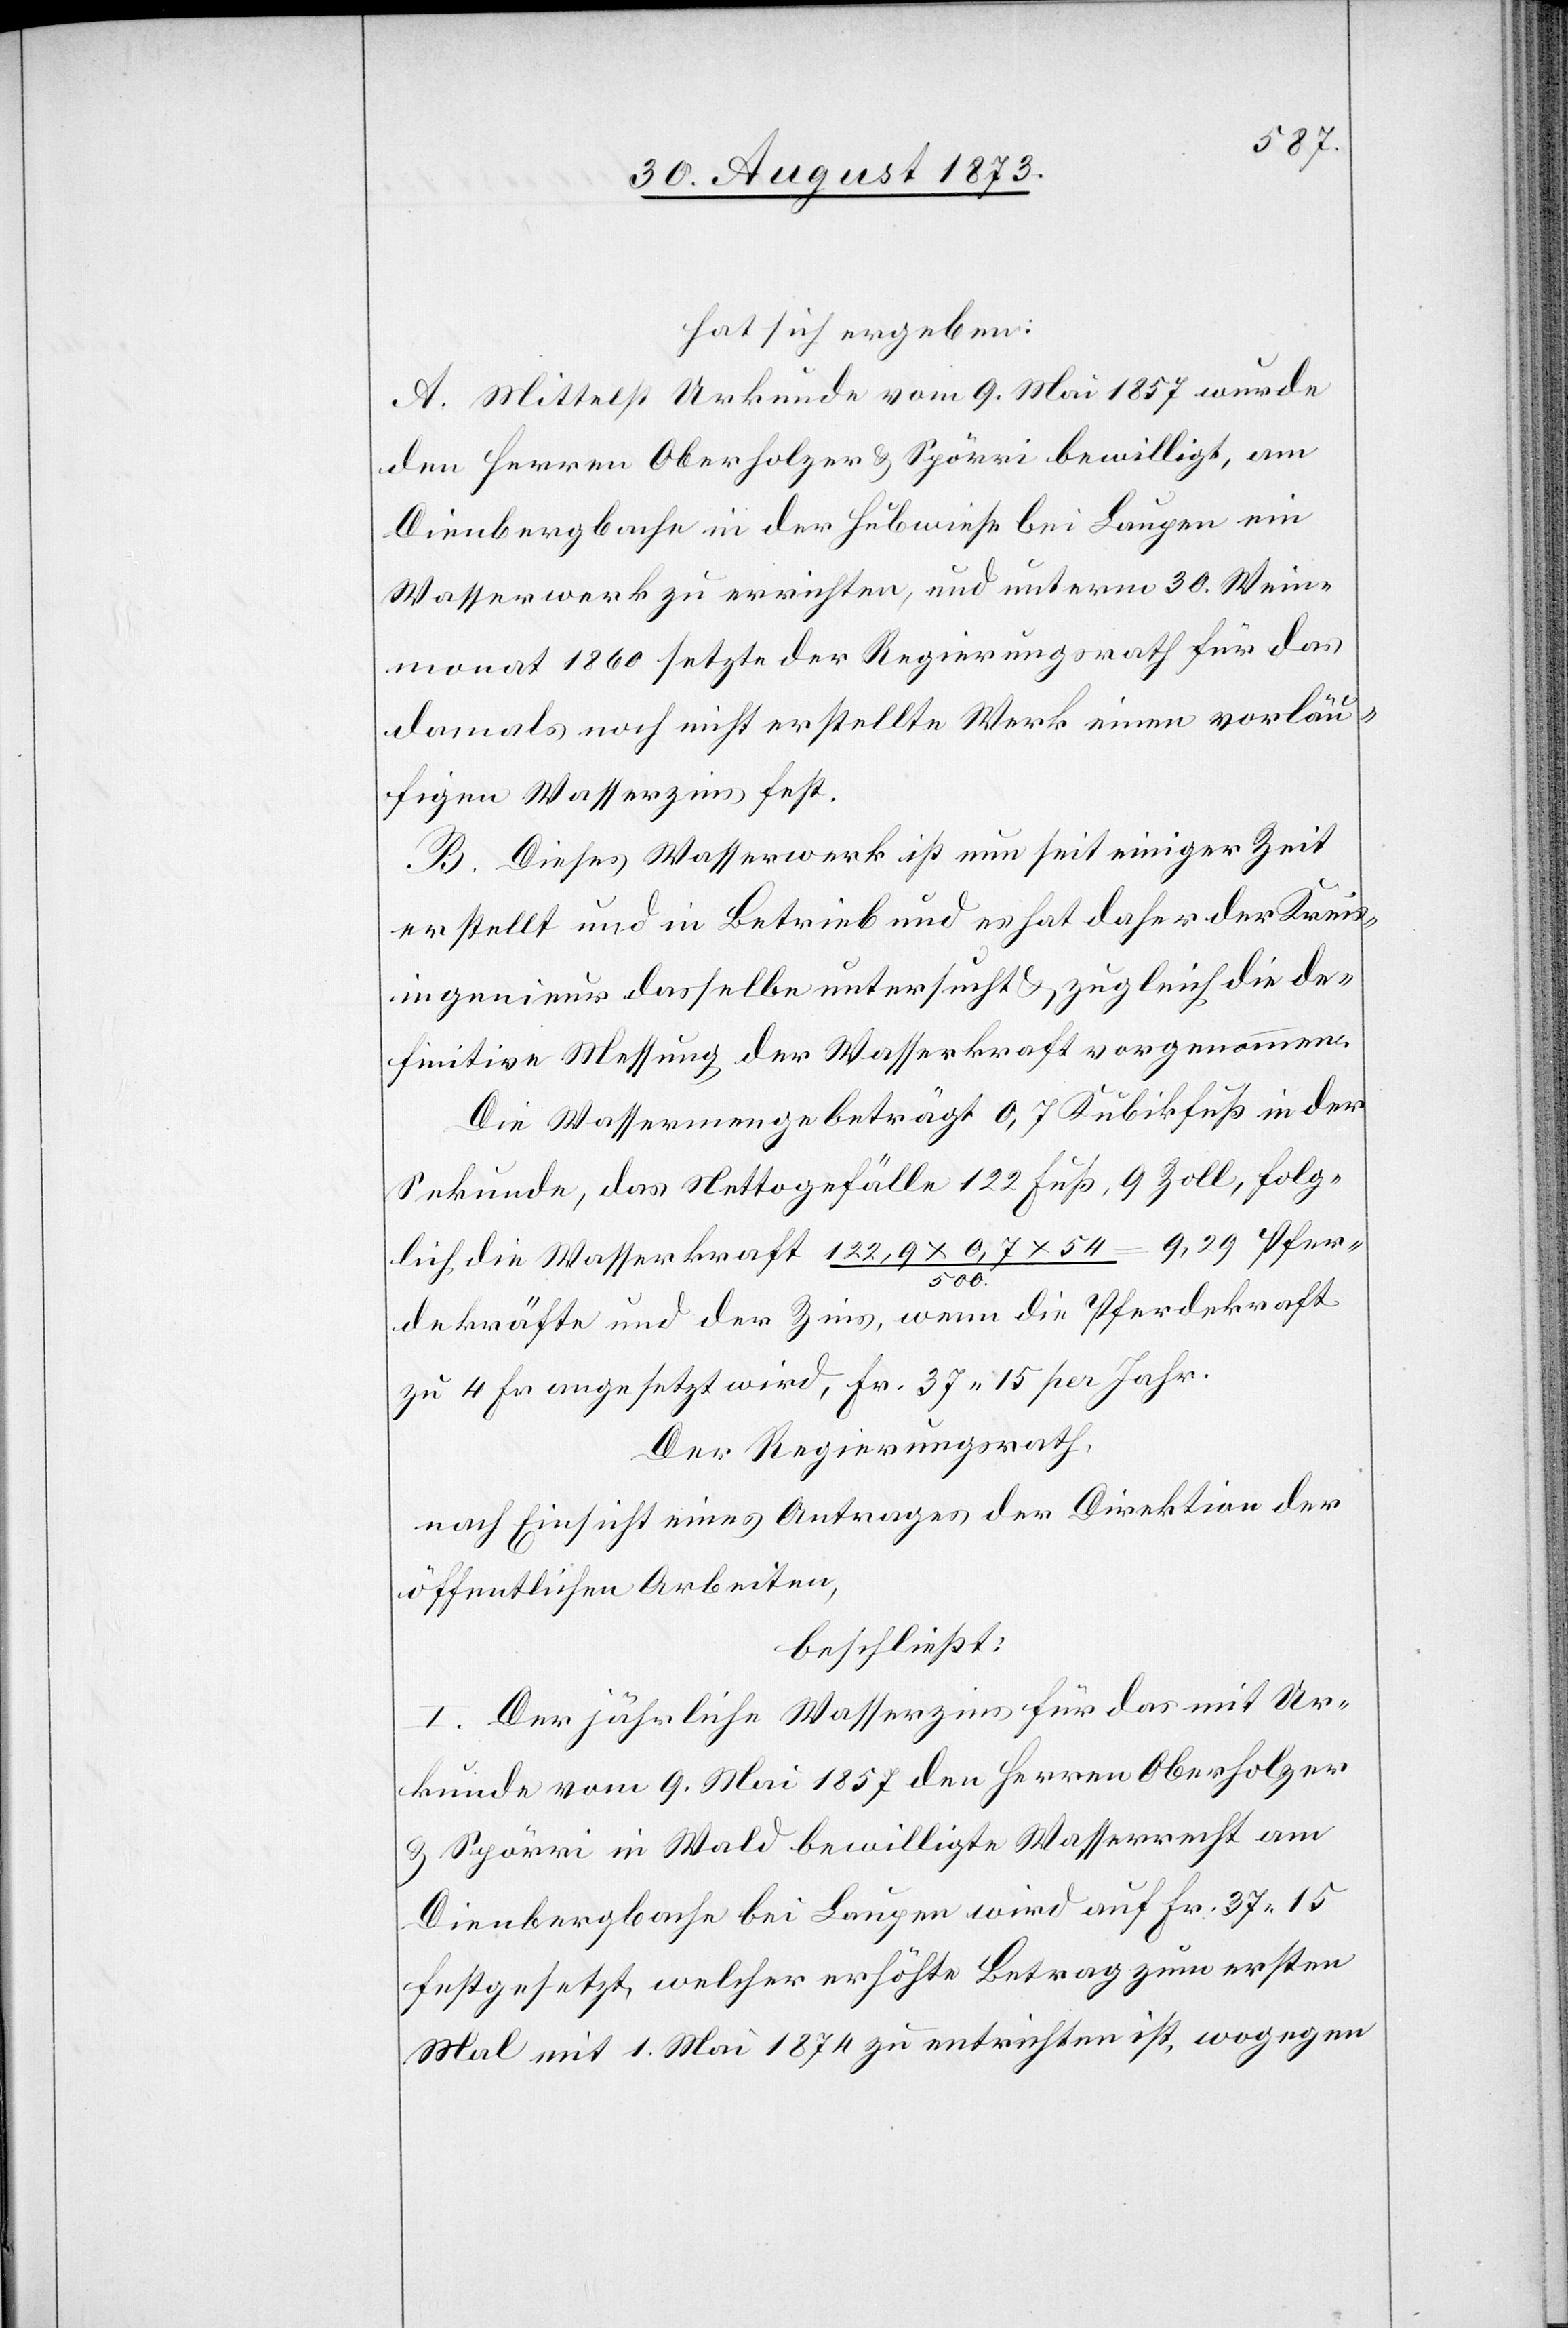
hat sich ergeben:
A. Mittelst Urkunde vom 9. Mai 1857 wurde
den Herren Oberholzer & Spörri bewilligt, am
Dienbergbache in der Hubwiese bei Laupen ein
Wasserwerk zu errichten, und unterm 30. Wein¬
monat 1860 setzte der Regierungsrath für das
damals noch nicht erstellte Werk einen vorläu¬
figen Wasserzins fest.
B. Dieses Wasserwerk ist nun seit einiger Zeit
erstellt und in Betrieb und es hat daher der Kreis¬
ingenieur dasselbe untersucht & zugleich die de¬
finitive Messung der Wasserkraft vorgenommen.
Die Wassermenge beträgt 0,7 Kubikfuß in der
Sekunde, das Nettogefälle 122 Fuß, 9 Zoll, folg¬
lich die Wasserkraft 122,9 x 0,7 x 54/500 = 9,29 Pfer¬
dekräfte und der Zins, wenn die Pferdekraft
zu 4 Fr. angesetzt wird, Fr. 37 15 per Jahr.
Der Regierungsrath,
nach Einsicht eines Antrages der Direktion der
öffentlichen Arbeiten,
beschließt:
I. Der jährliche Wasserzins für das mit Ur¬
kunde vom 9. Mai 1857 den Herren Oberholzer
& Spörri in Wald bewilligte Wasserrecht am
Dienbergbache bei Laupen wird auf Fr. 37 15
festgesetzt, welcher erhöhte Betrag zum ersten
Mal mit 1. Mai 1874 zu entrichten ist, wogegen